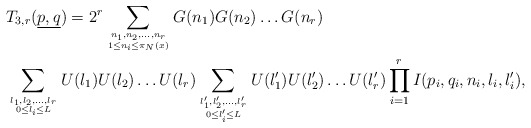
\begin{align*}&T_{3,r}(\underline{p,q}) = 2^r \sum_{n_1,n_2,\dots, n_r \atop {1 \leq n_i \leq \pi_N(x)}}G(n_1)G(n_2)\dots G(n_r) \\&\sum_{l_1,l_2,\dots, l_r \atop {0 \leq l_i \leq L}}U(l_1)U(l_2)\dots U(l_r) \sum_{l_1',l_2',\dots, l_r' \atop {0 \leq l_i' \leq L}}U(l_1')U(l_2')\dots U(l_r') \prod_{i=1}^r I(p_i,q_i,n_i,l_i,l_i'),\end{align*}